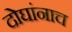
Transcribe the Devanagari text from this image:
दोघांनाच